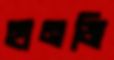
হানজি